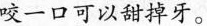
咬一口可以甜掉牙。